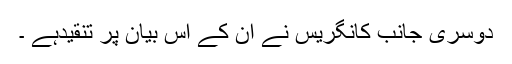
دوسری جانب کانگریس نے ان کے اس بیان پر تنقیدہے ۔